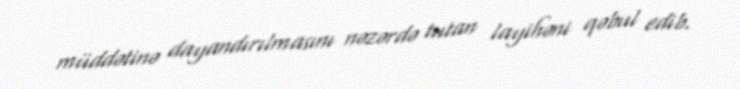
müddətinə dayandırılmasını nəzərdə tutan layihəni qəbul edib.